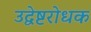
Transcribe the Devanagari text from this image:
उद्वेष्टरोधक